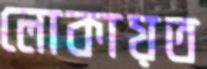
লোকায়ত